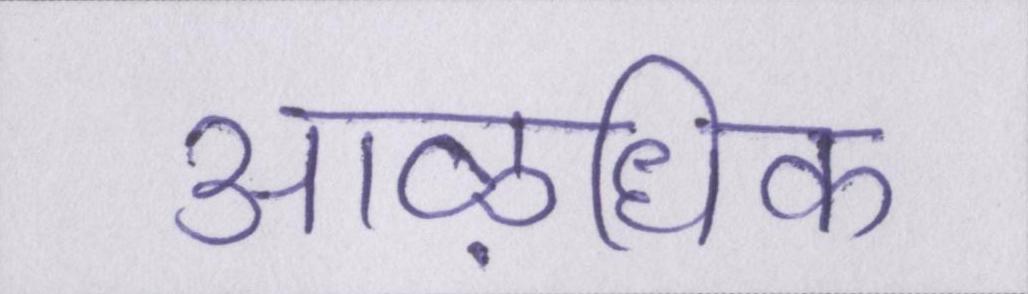
आऴधिक